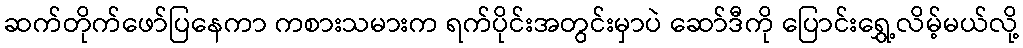
ဆက်တိုက်ဖော်ပြနေကာ ကစားသမားက ရက်ပိုင်းအတွင်းမှာပဲ ဆော်ဒီကို ပြောင်းရွှေ့လိမ့်မယ်လို့